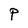
Character: P